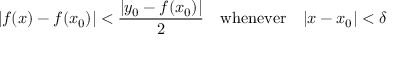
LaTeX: | f ( x ) - f ( x _ { 0 } ) | < { \frac { | y _ { 0 } - f ( x _ { 0 } ) | } { 2 } } \quad { \mathrm { w h e n e v e r } } \quad | x - x _ { 0 } | < \delta